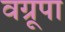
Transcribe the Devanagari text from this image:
वग्रूपा